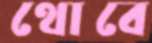
থোবে